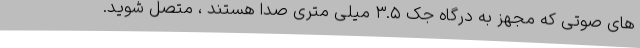
های صوتی که مجهز به درگاه جک ۳.۵ میلی متری صدا هستند ، متصل شوید.